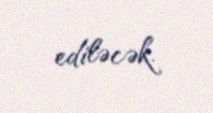
ediləcək.